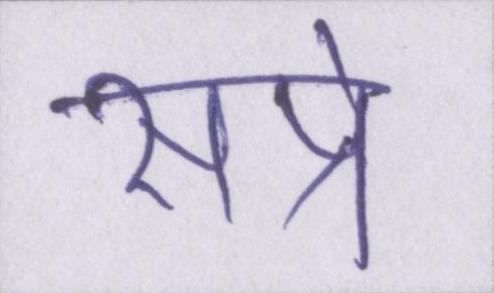
सप्रे